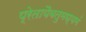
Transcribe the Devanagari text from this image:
प्रेतायैवतुमध्यमं